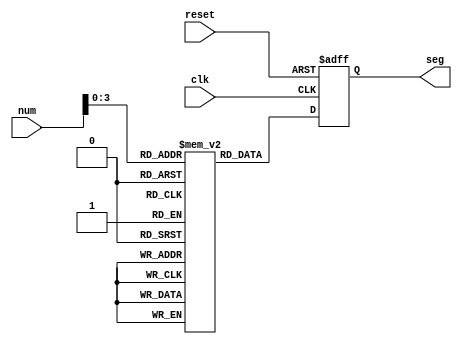
module clock_segment(
    input clk,
    input reset,
    input [5:0] num,
    output reg [7:0] seg
);

reg [7:0] num_seg [9:0];

always@(posedge clk or negedge reset)begin
    if(!reset)
    seg <= 8'b1111_1111;
    else
    seg <= num_seg[num];
end

initial begin
    num_seg[0] <= 8'b1100_0000;
    num_seg[1] <= 8'b1111_1001;
    num_seg[2] <= 8'b1010_0100;
    num_seg[3] <= 8'b1011_0000;
    num_seg[4] <= 8'b1001_1001;
    num_seg[5] <= 8'b1001_0010;
    num_seg[6] <= 8'b1000_0011;
    num_seg[7] <= 8'b1101_1000;
    num_seg[8] <= 8'b1000_0000;
    num_seg[9] <= 8'b1001_1000;
end

endmodule